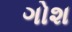
ગોશ